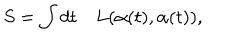
S = \int d t \quad L ( \alpha ( t ) , \dot { \alpha } ( t ) ) ,